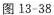
图13-38